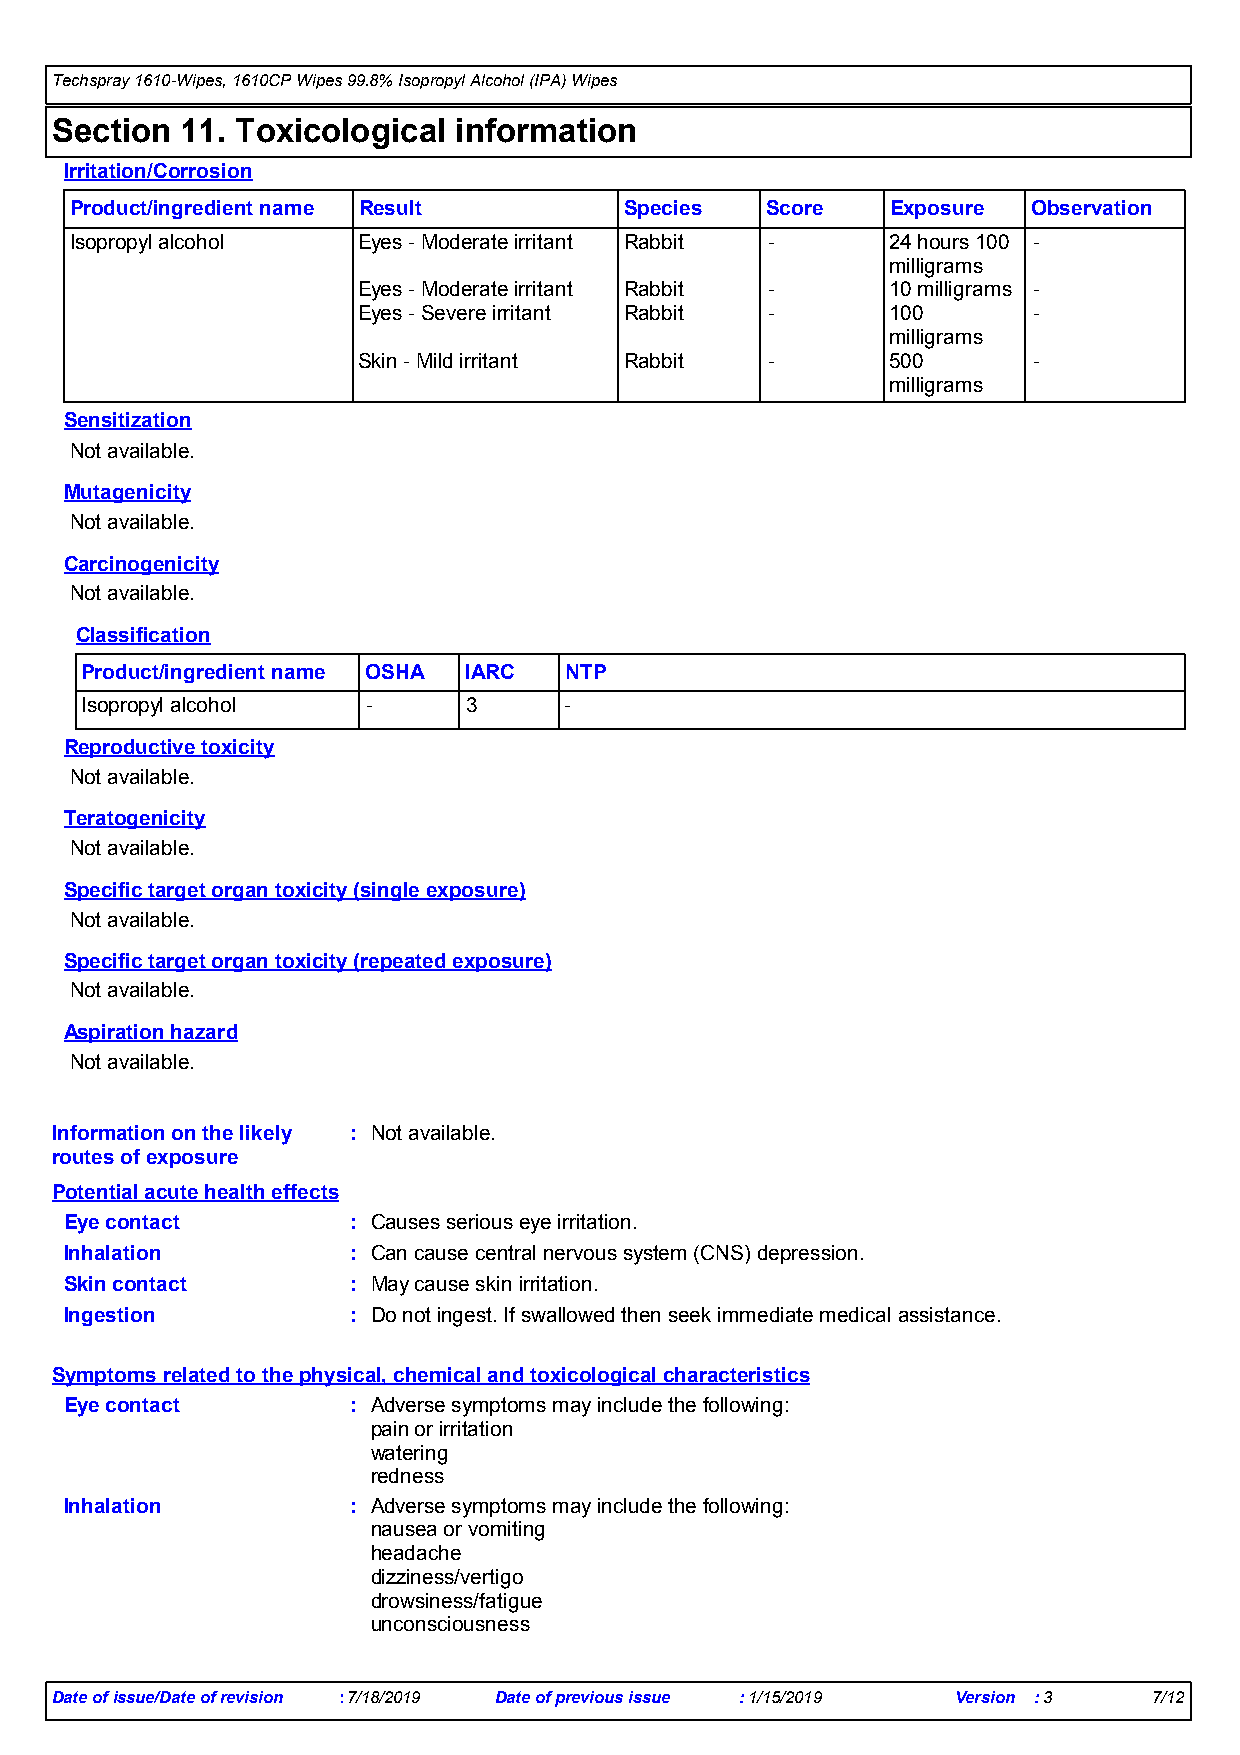
Techspray 1610-Wipes, 1610CP Wipes 99.8% Isopropyl Alcohol (IPA) Wipes
 Section  11. Toxicological information
 Irritation/Corrosion
 Product/ingredient name Result      Species   Score   Exposure Observation
 Isopropyl alcohol  Eyes - Moderate irritant Rabbit -  24 hours 100 -
 milligrams
 Eyes - Moderate irritant Rabbit -  10 milligrams -
 Eyes - Severe irritant Rabbit -    100      -
 milligrams
 Skin - Mild irritant Rabbit -      500      -
 milligrams
 Sensitization
 Not available.
 Mutagenicity
 Not available.
 Carcinogenicity
 Not available.
 Classification
 Product/ingredient name OSHA IARC NTP
 Isopropyl alcohol  -      3     -
 Reproductive toxicity
 Not available.
 Teratogenicity
 Not available.
 Specific target organ toxicity (single exposure)
 Not available.
 Specific target organ toxicity (repeated exposure)
 Not available.
 Aspiration hazard
 Not available.
 Information on the likely : Not available.
 routes of exposure
 Potential acute health effects
 Eye contact        : Causes serious eye irritation.
 Inhalation         : Can cause central nervous system (CNS) depression.
 Skin contact       : May cause skin irritation.
 Ingestion          : Do not ingest. If swallowed then seek immediate medical assistance.
 Symptoms related to the physical, chemical and toxicological characteristics
 Eye contact        : Adverse symptoms may include the following:
 pain or irritation
 watering
 redness
 Inhalation         : Adverse symptoms may include the following:
 nausea or vomiting
 headache
 dizziness/vertigo
 drowsiness/fatigue
 unconsciousness
 Date of issue/Date of revision :7/18/2019 Date of previous issue :1/15/2019 Version :3 7/12